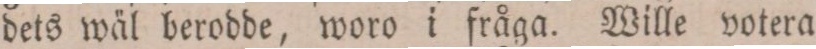
dets wäl berodde, woro i fråga. Wille votera